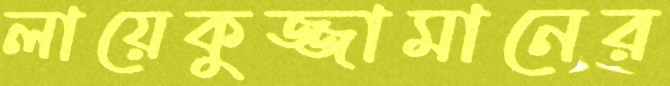
লায়েকুজ্জামানের